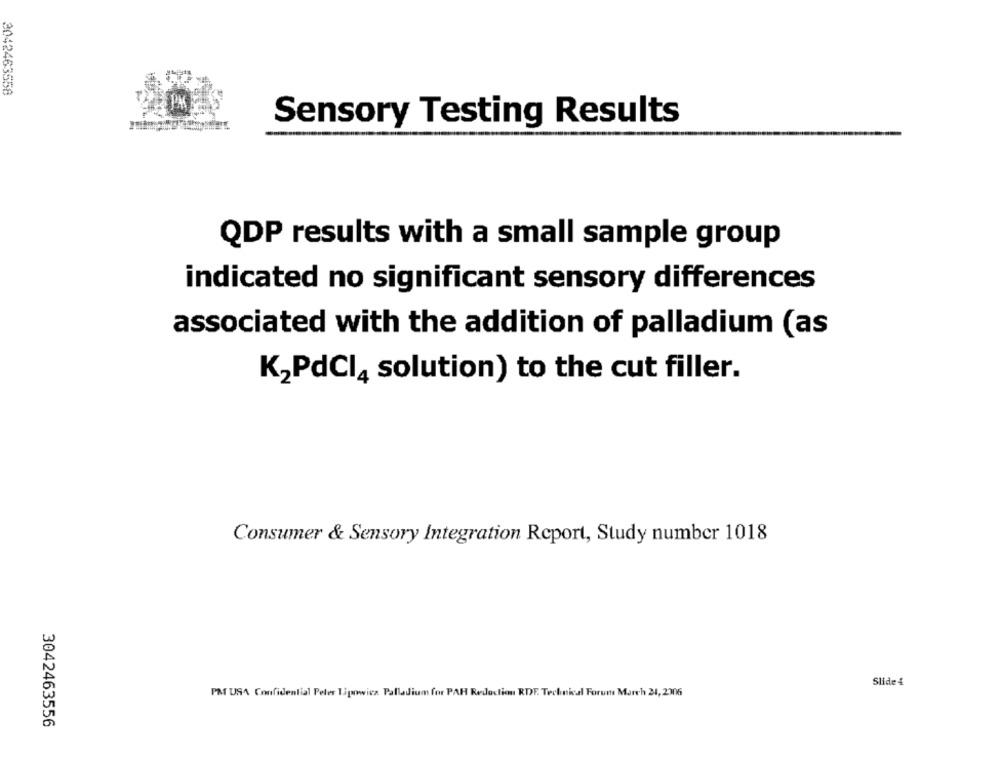
3042463558
Sensory Testing Results
QDP results with a small sample group
indicated no significant sensory differences
associated with the addition of palladium (as
K2PdCI4 solution) to the cut filler.
Consumer & Sensory Integration Report, Study number 1018
Slide 4
PM USA Confidential Peter Tipowicz Palladium for PAR Redaction RDF. Technical Forum March 24, 2306
3042463556